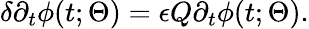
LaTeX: \delta\partial_{t}\phi(t;\Theta)=\epsilon Q\partial_{t}\phi(t;\Theta).